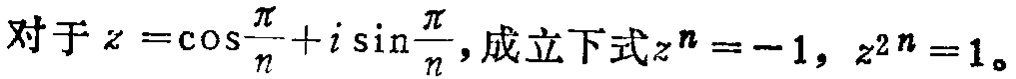
对于\(z = \cos\frac{\pi}{n}+i\sin\frac{\pi}{n}\)，成立下式\(z^{n}=-1\)，\(z^{2n}=1\)。